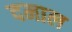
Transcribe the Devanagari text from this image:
दमाल